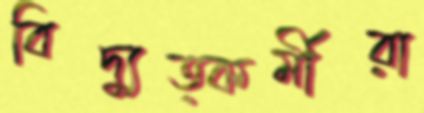
বিদ্যুত্কর্মীরা